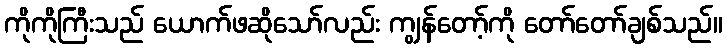
ကိုကိုကြီးသည် ယောက်ဖဆိုသော်လည်း ကျွန်တော့်ကို တော်တော်ချစ်သည်။